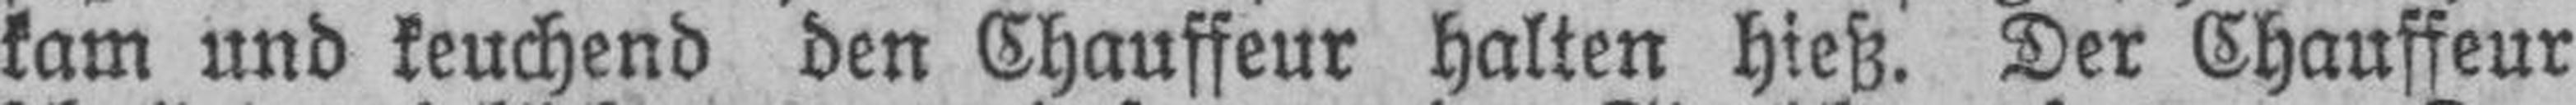
kam und keuchend den Chauffeur halten hieß. Der Chauffeur